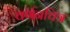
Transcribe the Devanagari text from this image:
वर्णनचित्र